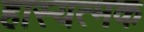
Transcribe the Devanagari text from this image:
हास्यत्मक